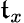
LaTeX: \mathfrak{t}_{x}